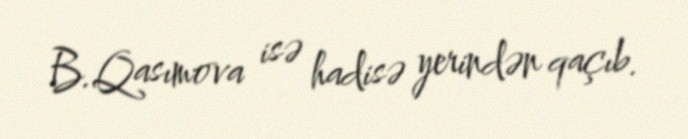
B.Qasımova isə hadisə yerindən qaçıb.